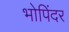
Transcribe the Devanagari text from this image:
भोपिंदर